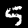
Label: 5